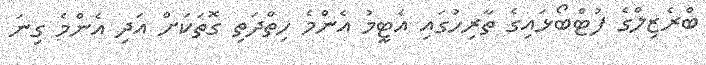
ބްރެޒިލްގެ ފުޓްބޯޅައިގެ ތާރިހުގައި އެޓީމު އެންމެ ހިތްދަތި ގޮތަކަށް އަދި އެންމެ ގިނަ